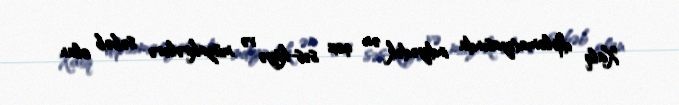
Xalq diplomatiyasında indiyədək ən çox səs-küyə və müzakirələrə səbəb olan